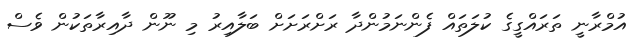
އުމްރާނީ ތަރައްގީގެ ކުލަތައް ފެންނަމުންދާ ރަށްރަށަށް ބަލާއިރު މި ނޫން ދާއިރާތަކުން ވެސް